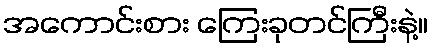
အကောင်းစား ကြေးခုတင်ကြီးနဲ့။